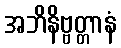
အဘိနိဗ္ဗတ္တာနံ